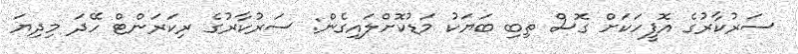
ސަރުކާރުގެ އޮފީހަކަށް ގޮސް ތިބި ބަޔަކު މަޑުކޮށްލައިގެން: ސަރުކާރުގެ ރިކަރަންޓް ހޭދަ މިދިޔަ